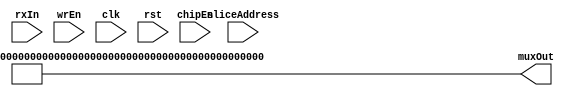
`timescale 1ns / 1ps
//////////////////////////////////////////////////////////////////////////////////
// Company: 
// Engineer: 
// 
// Design Name: 
// Module Name: InputQueue
// Project Name: 
// Target Devices: 
// Tool Versions: 
// Description: 
// 
// Dependencies: 
// 
// Revision:
// Revision 0.01 - File Created
// Additional Comments:
// 
//////////////////////////////////////////////////////////////////////////////////


module InputQueue(
        muxOut,
        rxIn,
        sliceAddress,
        wrEn,
        chipEn,
        clk,
        rst
);

parameter w = 6; // Width 
parameter r = 32; // Rows of FIFO and input symbol count 
parameter c = 17; // Columns of FIFO
parameter muxOutSymbols = 26 * 2;

input [ r * w - 1 : 0 ]rxIn;
wire [w-1:0]rxInConnector[r-1:0];

output wire [ muxOutSymbols * w - 1 : 0]muxOut;
reg [w-1:0]muxOutConnector[ muxOutSymbols  - 1 : 0];

input [4:0]sliceAddress;
input chipEn,wrEn;
input clk,rst;

reg [w-1:0] fifoOut[r-1:0][c-1:0]; // FIFO Outputs

genvar k;

generate
    for (k=0;k<muxOutSymbols;k=k+1)begin:assign_output
        assign muxOut[ (k+1)*w-1:k*w] = muxOutConnector[k];
    end
endgenerate

generate
    for (k=0;k<r;k=k+1)begin:assign_input
        assign rxInConnector[k] = rxIn[(k+1)*w-1:k*w];
    end
endgenerate

integer i;
integer j;

always@(posedge clk)begin
    if (rst) begin          
        for(i=0;i<r;i=i+1)begin
           for(j=0;j<c;j=j+1)begin
                fifoOut[i][j] <= 0;
           end  
        end
    end
    else if(chipEn) begin // Chip enable, shift
    
        //LOAD inputs
        if(wrEn)begin // Whether to accept input or not
            //Accept input
            for(i = r-1; i > -1; i=i-1) begin
                fifoOut[i][0] <= rxInConnector[i];       
            end
        end
        else begin
            // If input is not to be accepted, fifo's first row keeps the same values 
            for(i = r-1; i > -1; i=i-1) begin
                fifoOut[i][0] <= fifoOut[i][0];       
            end
        end
        //Shifting process
        // Set (i,j)th value = (i,j-1)th value (except column 0)
        for(i = r-1; i > -1; i=i-1) begin
            for(j= c-1; j > 0; j=j-1)begin
                fifoOut[i][j] <=  fifoOut[i][j-1];       
            end
        end
    end
    else begin
       for(i=0;i<r;i=i+1)begin
           for(j=0;j<c;j=j+1)begin
                fifoOut[i][j] <= fifoOut[i][j];
           end  
       end
    end
end

// MUX WIRING
always@(*)begin
    
    // Stuff
    case(sliceAddress)
       default: begin
             for(i=0;i<muxOutSymbols;i=i+1)begin
              muxOutConnector[i] = 1;
             end
       end
    endcase
end
endmodule